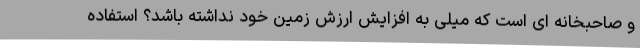
و صاحبخانه ای است که میلی به افزایش ارزش زمین خود نداشته باشد؟ استفاده